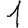
Digit: 1